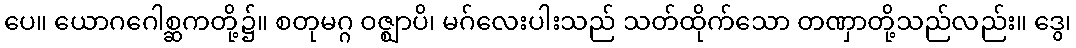
ပေ။ ယောဂဂေါစ္ဆကတို့၌။ စတုမဂ္ဂ ဝဇ္ဈာပိ၊ မဂ်လေးပါးသည် သတ်ထိုက်သော တဏှာတို့သည်လည်း။ ဒွေ၊